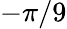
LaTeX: -\pi/9